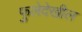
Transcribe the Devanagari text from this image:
फुलेदेखील